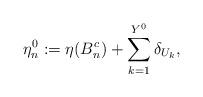
LaTeX: \begin{align*}\eta_n^0:=\eta(B_n^c)+\sum_{k=1}^{Y^0}\delta_{U_k},\end{align*}